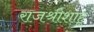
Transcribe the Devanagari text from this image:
राजश्रीशाहू